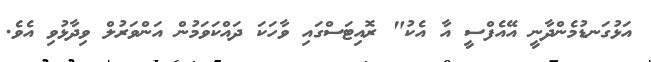
އަޅުގަނޑުމެންދާނީ އޭއެފްސީ އާ އެކު" ރޮއިޓަސްގައި ވާހަކަ ދައްކަވަމުން އަންވަރުލް ވިދާޅުވި އެވެ.